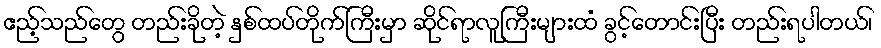
ဧည့်သည်တွေ တည်းခိုတဲ့ နှစ်ထပ်တိုက်ကြီးမှာ ဆိုင်ရာလူကြီးများထံ ခွင့်တောင်းပြီး တည်းရပါတယ်၊